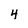
Character: 4